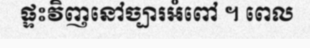
ផ្ទះវិញនៅច្បារអំពៅ ។ ពេល